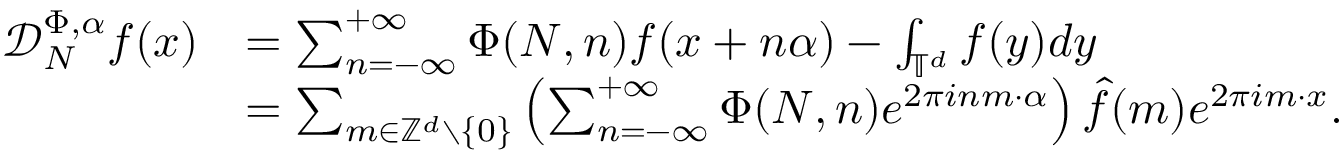
\begin{array} { r l } { \mathcal D _ { N } ^ { \Phi , \alpha } f ( x ) } & { = \sum _ { n = - \infty } ^ { + \infty } \Phi ( N , n ) f ( x + n \alpha ) - \int _ { \mathbb { T } ^ { d } } f ( y ) d y } \\ & { = \sum _ { m \in \mathbb { Z } ^ { d } \setminus \{ 0 \} } \left( \sum _ { n = - \infty } ^ { + \infty } \Phi ( N , n ) e ^ { 2 \pi i n m \cdot \alpha } \right) \widehat { f } ( m ) e ^ { 2 \pi i m \cdot x } . } \end{array}